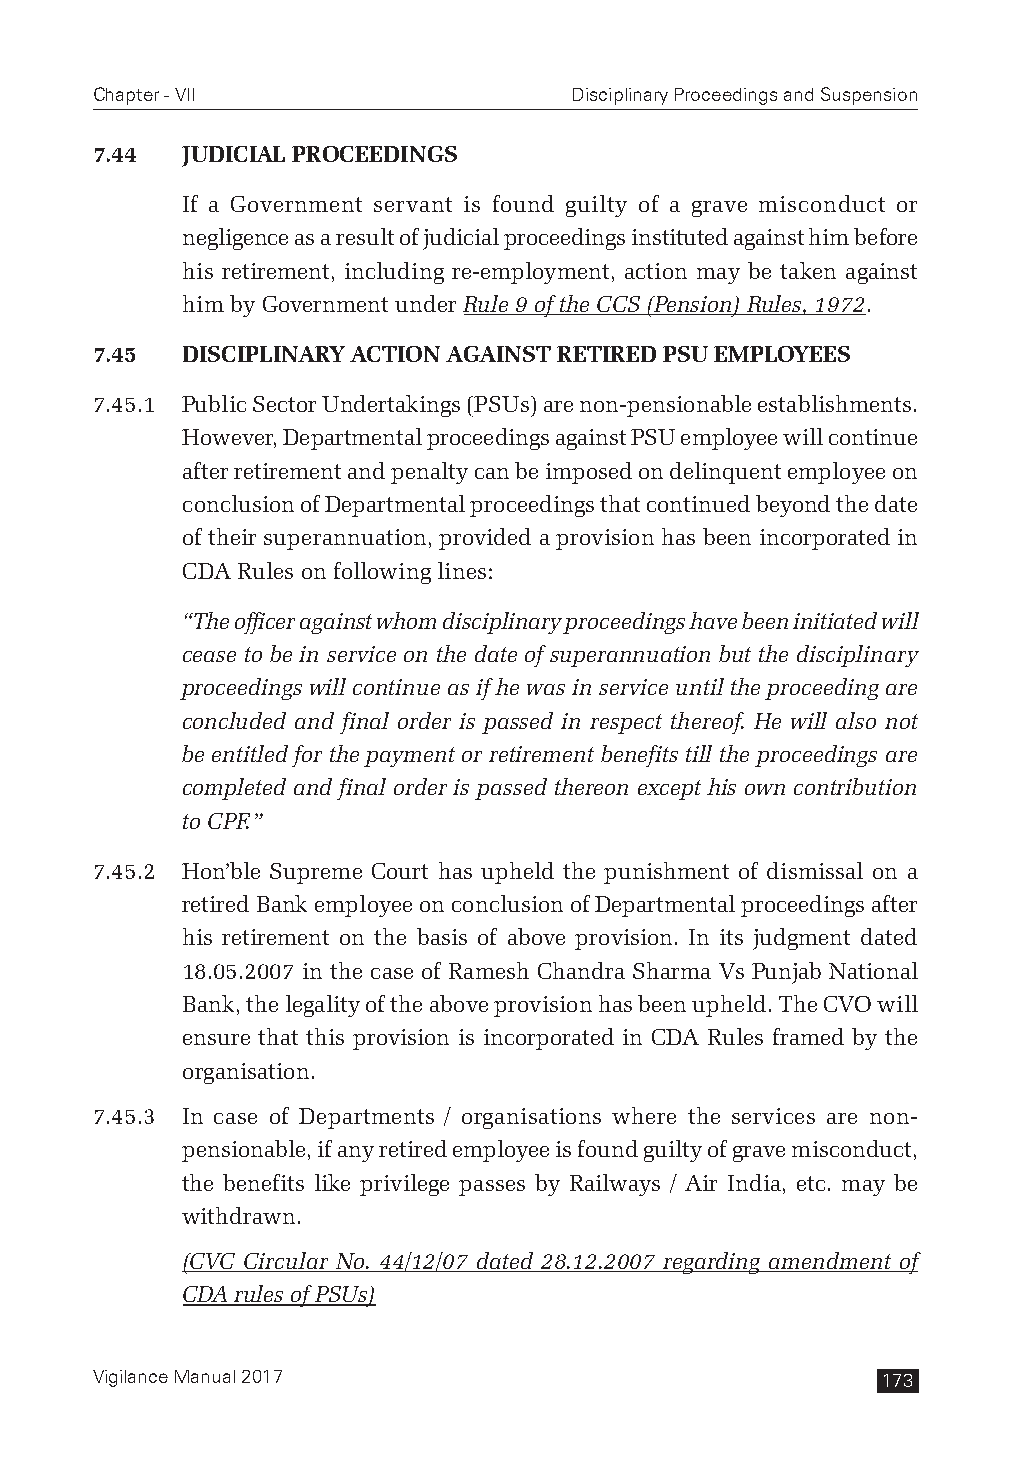
Chapter - VII                   Disciplinary Proceedings and Suspension
 7.44  JUDICIAL PROCEEDINGS
 If a Government servant is found guilty of a grave misconduct or
 negligence as a result of judicial proceedings instituted against him before
 his retirement, including re-employment, action may be taken against
 him by Government under Rule 9 of the CCS (Pension) Rules, 1972.
 7.45  DISCIPLINARY ACTION AGAINST RETIRED PSU EMPLOYEES
 7.45.1 Public Sector Undertakings (PSUs) are non-pensionable establishments.
 However, Departmental proceedings against PSU employee will continue
 after retirement and penalty can be imposed on delinquent employee on
 conclusion of Departmental proceedings that continued beyond the date
 of their superannuation, provided a provision has been incorporated in
 CDA Rules on following lines:
 “The officer against whom disciplinary proceedings have been initiated will
 cease to be in service on the date of superannuation but the disciplinary
 proceedings will continue as if he was in service until the proceeding are
 concluded and final order is passed in respect thereof. He will also not
 be entitled for the payment or retirement benefits till the proceedings are
 completed and final order is passed thereon except his own contribution
 to CPF.”
 7.45.2 Hon’ble Supreme Court has upheld the punishment of dismissal on a
 retired Bank employee on conclusion of Departmental proceedings after
 his retirement on the basis of above provision. In its judgment dated
 18.05.2007 in the case of Ramesh Chandra Sharma Vs Punjab National
 Bank, the legality of the above provision has been upheld. The CVO will
 ensure that this provision is incorporated in CDA Rules framed by the
 organisation.
 7.45.3 In case of Departments / organisations where the services are non-
 pensionable, if any retired employee is found guilty of grave misconduct,
 the benefits like privilege passes by Railways / Air India, etc. may be
 withdrawn.
 (CVC Circular No. 44/12/07 dated 28.12.2007 regarding amendment of
 CDA rules of PSUs)
 Vigilance Manual 2017                               173